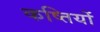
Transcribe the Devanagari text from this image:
कष्तियों